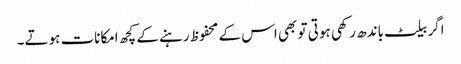
اگر بیلٹ باندھ رکھی ہوتی تو بھی اس کے محفوظ رہنے کے کچھ امکانات ہوتے۔